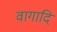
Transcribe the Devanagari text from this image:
वागादि